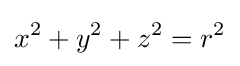
x^{2}+y^{2}+z^{2}=r^{2}